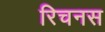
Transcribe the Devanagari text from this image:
रिचनस